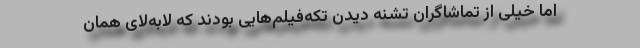
اما خیلی از تماشاگران تشنه دیدن تکه‌فیلم‌هایی بودند که لابه‌لای همان